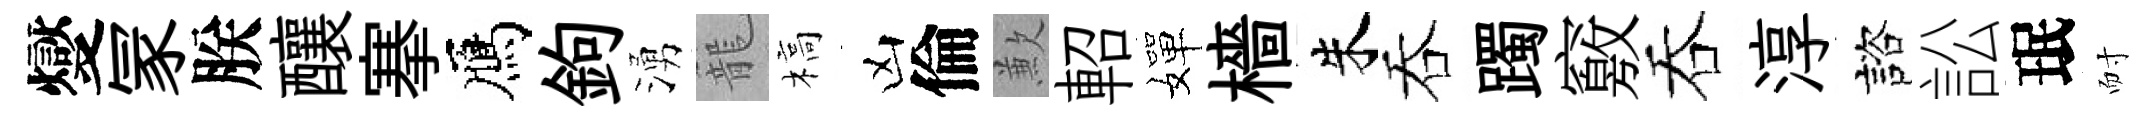
燮冡朕釀搴鴈鉤湧籠槁凶倫歉軺嬋檣朱吞躅竅吞淳諮訟珉耐